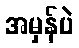
အမှန်ပဲ